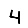
Digit: 4